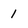
Character: 1